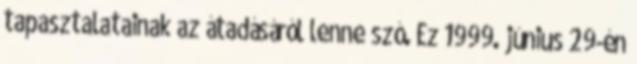
tapasztalatainak az átadásáról lenne szó. Ez 1999. június 29-én